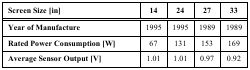
<table><thead><tr><td><b>Screen Size [in]</b></td><td><b>14</b></td><td><b>24</b></td><td><b>27</b></td><td><b>33</b></td></tr></thead><tbody><tr><td><b>Year of Manufacture</b></td><td>1995</td><td>1995</td><td>1989</td><td>1989</td></tr><tr><td><b>Rated Power Consumption [W]</b></td><td>67</td><td>131</td><td>153</td><td>169</td></tr><tr><td><b>Average Sensor Output [V]</b></td><td>1.01</td><td>1.01</td><td>0.97</td><td>0.92</td></tr></tbody></table>